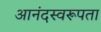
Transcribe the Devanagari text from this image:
आनंदस्वरूपता